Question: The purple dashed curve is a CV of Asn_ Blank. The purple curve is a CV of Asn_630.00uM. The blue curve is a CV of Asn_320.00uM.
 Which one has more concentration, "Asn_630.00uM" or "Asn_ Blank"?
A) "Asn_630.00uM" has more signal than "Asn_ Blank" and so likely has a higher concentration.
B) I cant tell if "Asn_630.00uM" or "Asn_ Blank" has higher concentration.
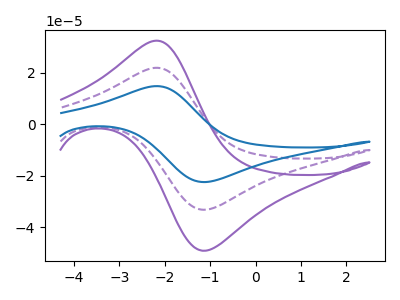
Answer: <think>The purple dashed curve "Asn_ Blank" has an anodic peak at (-2.15V, 22.00uA) and a cathodic peak at (-1.10V, -33.25uA). The purple curve "Asn_630.00uM" has an anodic peak at (-2.15V, 32.55uA) and a cathodic peak at (-1.10V, -49.15uA). The blue curve "Asn_320.00uM" has an anodic peak at (-2.15V, 44.05uA) and a cathodic peak at (-1.10V, -66.45uA).
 All the peaks in "Asn_630.00uM" have a peak in "Asn_ Blank" at the same potential. Every peak in "Asn_630.00uM" is higher than every peak in "Asn_ Blank".</think>
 <answer>A) "Asn_630.00uM" has more signal than "Asn_ Blank" and so likely has a higher concentration.</answer>
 <eval>A</eval>